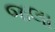
જલા